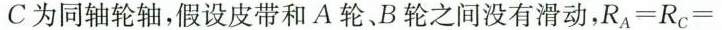
C 为同轴轮轴，假设皮带和 A 轮、 B 轮之间没有滑动，$$R _ { A } = R _ { C } =